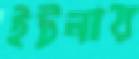
ইটনায়